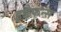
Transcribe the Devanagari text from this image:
इडैफन्स